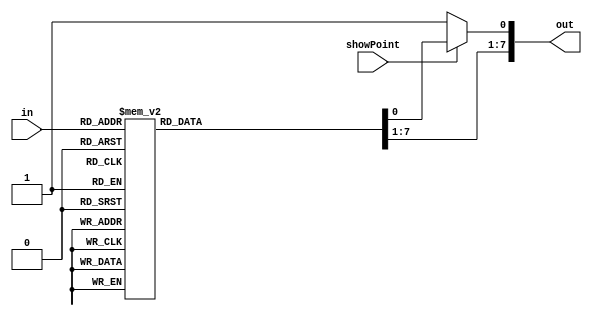
module SevenSegmentDecoder(input[3:0] in, input showPoint, output reg[7:0] out);

always @(*) begin
  case(in)
    4'd0: out <= 8'b00000011;
    4'd1: out <= 8'b10011111;
    4'd2: out <= 8'b00100101;
    4'd3: out <= 8'b00001101;
    4'd4: out <= 8'b10011001;
    4'd5: out <= 8'b01001001;
    4'd6: out <= 8'b01000001;
    4'd7: out <= 8'b00011111;
    4'd8: out <= 8'b00000001;
    4'd9: out <= 8'b00001001;
    4'd10: out <= 8'b11111101; //dash
    default: out <= 8'b11111111; //blank
  endcase
    if(showPoint == 0)
      out[0] <= 1;
end
endmodule